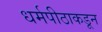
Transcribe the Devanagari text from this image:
धर्मपीठाकडून